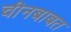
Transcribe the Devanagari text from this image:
चीनबाबत